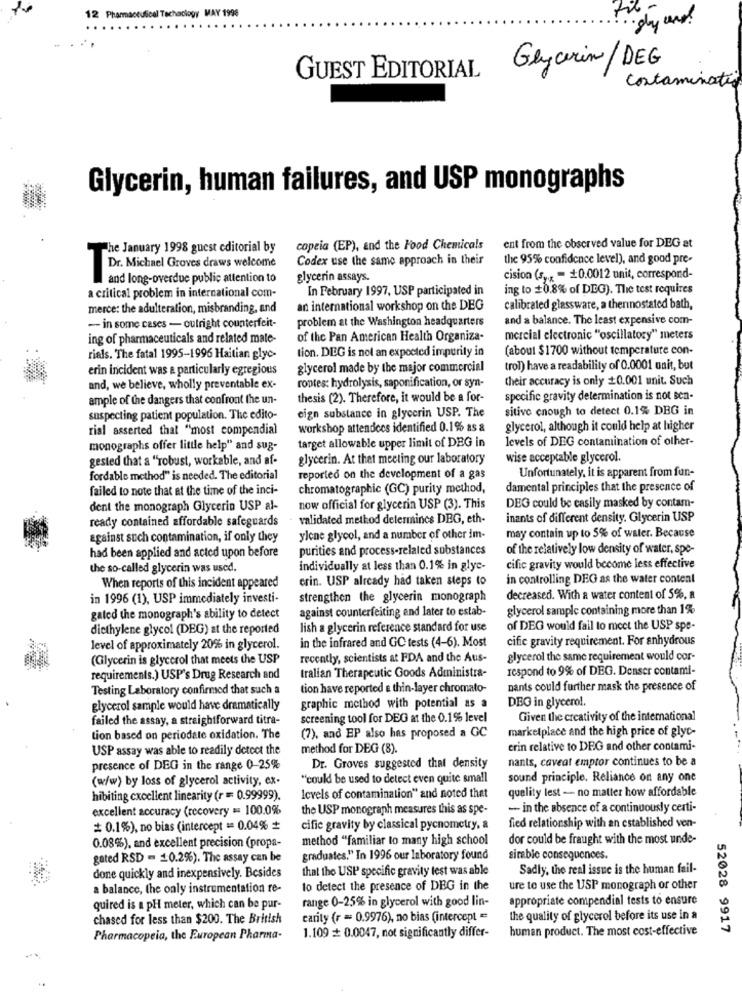
12 Pharmaceutical Tochoclogy MAY 1998
·gy und!
Glycerin/ DEG
GUEST EDITORIAL
Contamination
Glycerin, human failures, and USP monographs
The January 1998 guest editorial by
copeia (EP), and the Food Chemicals
ent from the observed value for DEG at
Codex use the same approach in their
the 95% confidence level), and good pre-
Dr. Michael Groves draws welcome
and long-overdue public attention to
glycerin assays.
cision (sy, = +0.0012 unit, correspond-
In February 1997, USP participated in
ing to +0.8% of DEG). The test requires
a critical problem in international com-
merce: the adulteration, misbranding, and
an international workshop on the DEG
calibrated glassware, a thermostated bath,
problem at the Washington headquarters
and a balance. The least expensive com-
- in some cases - outright counterfeit-
ing of pharmaceuticals and related mate-
of the Pan American Health Organiza-
mercial electronic "oscillatory" meters
(about $1700 without temperature con-
riels. The fatal 1995-1996 Haitian glyc-
tion. DEG is not an expected impurity in
erin incident was a particularly egregious
glycerol made by the major commercial
trol) have a readability of 0.0001 unit, but
their accuracy is only +0.001 unit. Such
and, we believe, wholly preventable ex-
roptes: hydrolysis, saponification, or syn-
ample of the dangers that confront the un-
thesis (2). Therefore, it would be a for-
specific gravity determination is not sen-
eign substance in glycerin USP. The
sitive enough to detect 0.1% DBG in
suspecting patient population. The edito-
rial asserted that "most compendial
workshop attendces identified 0.1% as &
glycerol, although it could help at higher
levels of DEG contamination of other-
monographs offer little help" and sug-
target allowable upper limit of DEG in
gested that a "robust, workable, and af-
glycerin. At that meeting our laboratory
wise acceptable glycerol.
fordable method" is needed. The editorial
reported on the development of a gas
Unfortunately, it is apparent from fun-
failed to note that at the time of the inci-
chromatographic (GC) purity method,
damental principles that the presence of
dent the monograph Glycerin USP al-
now official for glycerin USP (3). This
DEG could be easily masked by contam-
ready contained affordable safeguards
validated method determines DEG, eth-
inants of different density. Glycerin USP
may contain up to 5% of water. Because
against such contamination, if only they
ylene glycol, and a number of other im-
had been applied and acted upon before
purities and process-related substances
of the relatively low density of water, spe-
the so-called glycerin was used.
individually at less than 0.1% in glyc-
cific gravity would become less effective
erin. USP already had taken steps to
in controlling DEG as the water content
When reports of this incident appeared
in 1996 (1), USP immediately investi-
strengthen the glycerin monograph
decreased. With a water content of 5%, a
against counterfeiting and later to estab-
glycerol sample containing more than 1%
gated the monograph's ability to detect
diethylene glycol (DEG) at the reported
lish a glycerin reference standard for use
of DEG would fail to meet the USP spe-
in the infrared and GC tests (4-6). Most
cific gravity requirement. For anhydrous
level of approximately 20% in glycerol.
(Glycerin is glycerol that meets the USP
recently, scientists at FDA and the Aus-
glycerol the same requirement would cor-
respond to 9% of DEG. Denser contami-
requirements.) USP's Drug Research and
tralian Therapeutic Goods Administra-
Testing Laboratory confirmed that such a
tion have reported a thin-layer chromato-
nants could further mask the presence of
DEG in glycerol.
glycerol sample would have dramatically
graphic method with potential as a
failed the assay, a straightforward titra-
screening tool for DEG at the 0.1% level
Given the creativity of the international
(7), and EP also has proposed a GC
marketplace and the high price of glyc-
tion based on periodate oxidation. The
USP assay was able to readily detect the
method for DEG (8).
erin relative to DEG and other contami-
nants, caveat emptor continues to be a
presence of DEG in the range 0-25%
Dr. Groves suggested that density
(w/w) by loss of glycerol activity, ex-
"could be used to detect even quite small
sound principle. Reliance on any one
quality lest - no matter how affordable
hibiting cxoellent linearity (r = 0.99999).
levels of contamination" and noted that
excellent accuracy (recovery == 100.0%
the USP monograph measures this as spe-
- in the absence of a continuously certi-
fied relationship with an established ven-
0.1%), no bias (intercept = 0.04% *
cific gravity by classical pycnometry, a
method "familiar to many high school
dor could be fraught with the most unde-
0.08%), and excellent precision (propa-
gated RSD = 10.2%). The assay can be
graduates." In 1996 our laboratory found
sirable consequences.
done quickly and inexpensively. Besides
that the USP specific gravity test was able
Sadly, the real issue is the human fail-
a balance, the only instrumentation re-
to detect the presence of DBG in the
ure to use the USP monograph or other
range 0-25% in glycerol with good lin-
appropriate compendial tests to ensure
quired is a pH meter, which can be pur-
chased for less than $200. The British
carity (r = 0.9976), no bias (intercept =
the quality of glycerol before its use in a
1.109 =+ 0.0047, not significantly differ-
human product. The most cost-effective
52028 9917
Pharmacopeia, the European Pharma-